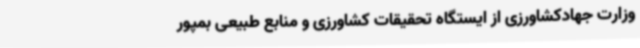
وزارت جهادکشاورزی از ایستگاه تحقیقات کشاورزی و منابع طبیعی بمپور